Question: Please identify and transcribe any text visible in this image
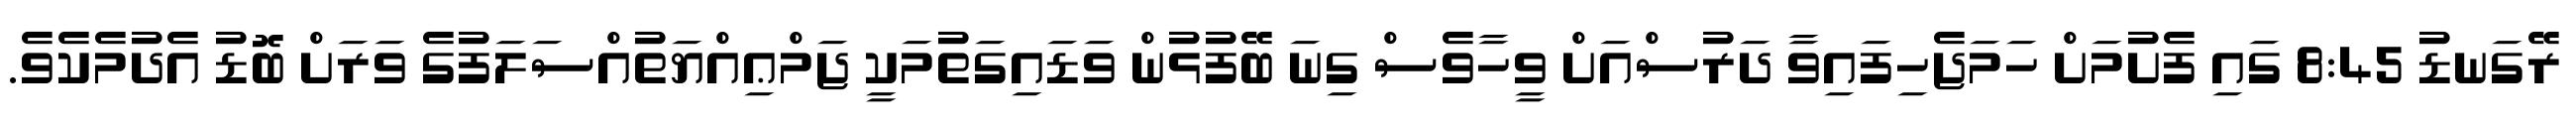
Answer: ރޭގަނޑު 8:45 ގައި ފެށުމަށް ހަމަޖެހިފައިވާ ދަރުސްއަށް ވީހާވެސް ގިނަ ބޭފުޅުން ވަޑައިގަތުމަކީ ޖަމްޢިއްޔަތުއްސަލަފުގެ ވަރަށް ބޮޑު އެދުމެކެވެ.